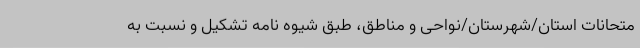
متحانات استان/شهرستان/نواحی و مناطق، طبق شیوه نامه تشکیل و نسبت به